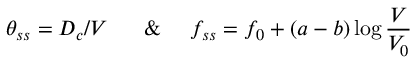
\theta _ { s s } = D _ { c } / V ~ ~ ~ ~ ~ \& ~ ~ ~ ~ f _ { s s } = f _ { 0 } + ( a - b ) \log { \frac { V } { V _ { 0 } } }